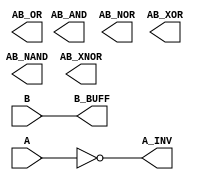
module Basic_Gates ( 
A, 
B, 
AB_AND, 
AB_OR, 
AB_NAND, 
AB_NOR, 
AB_XOR, 
AB_XNOR, 
A_INV, 
B_BUFF 
); 
 
// List all the inputs 
input A; input B; 
 
// List all outputs 
output AB_AND; output AB_OR; output AB_NAND; output AB_NOR; output AB_XOR; output AB_XNOR; output A_INV; 	 
output B_BUFF; 
 
// Structural Module and (AB_AND, A, B); or (AB_OR, A, B); nand (AB_NAND, A, B); nor (AB_NOR, A, B); xor (AB_XOR, A, B); xnor (AB_XNOR, A, B); 
not (A_INV, A); buf (B_BUFF, B); 
 
endmodule